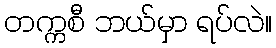
တက္ကစီ ဘယ်မှာ ရပ်လဲ။